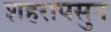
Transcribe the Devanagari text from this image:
शहरापसुन